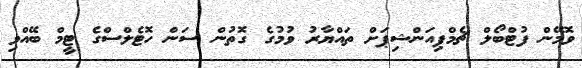
ވޮމޭން ފުޓްބޯލް ޗެމްޕިއަންޝިޕަށް ތައްޔާރު ވުމުގެ ގޮތުން ސަން ހޮޓެލްސްގެ ޓީމް ބޭއްވި